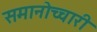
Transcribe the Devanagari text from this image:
समानोच्चारी